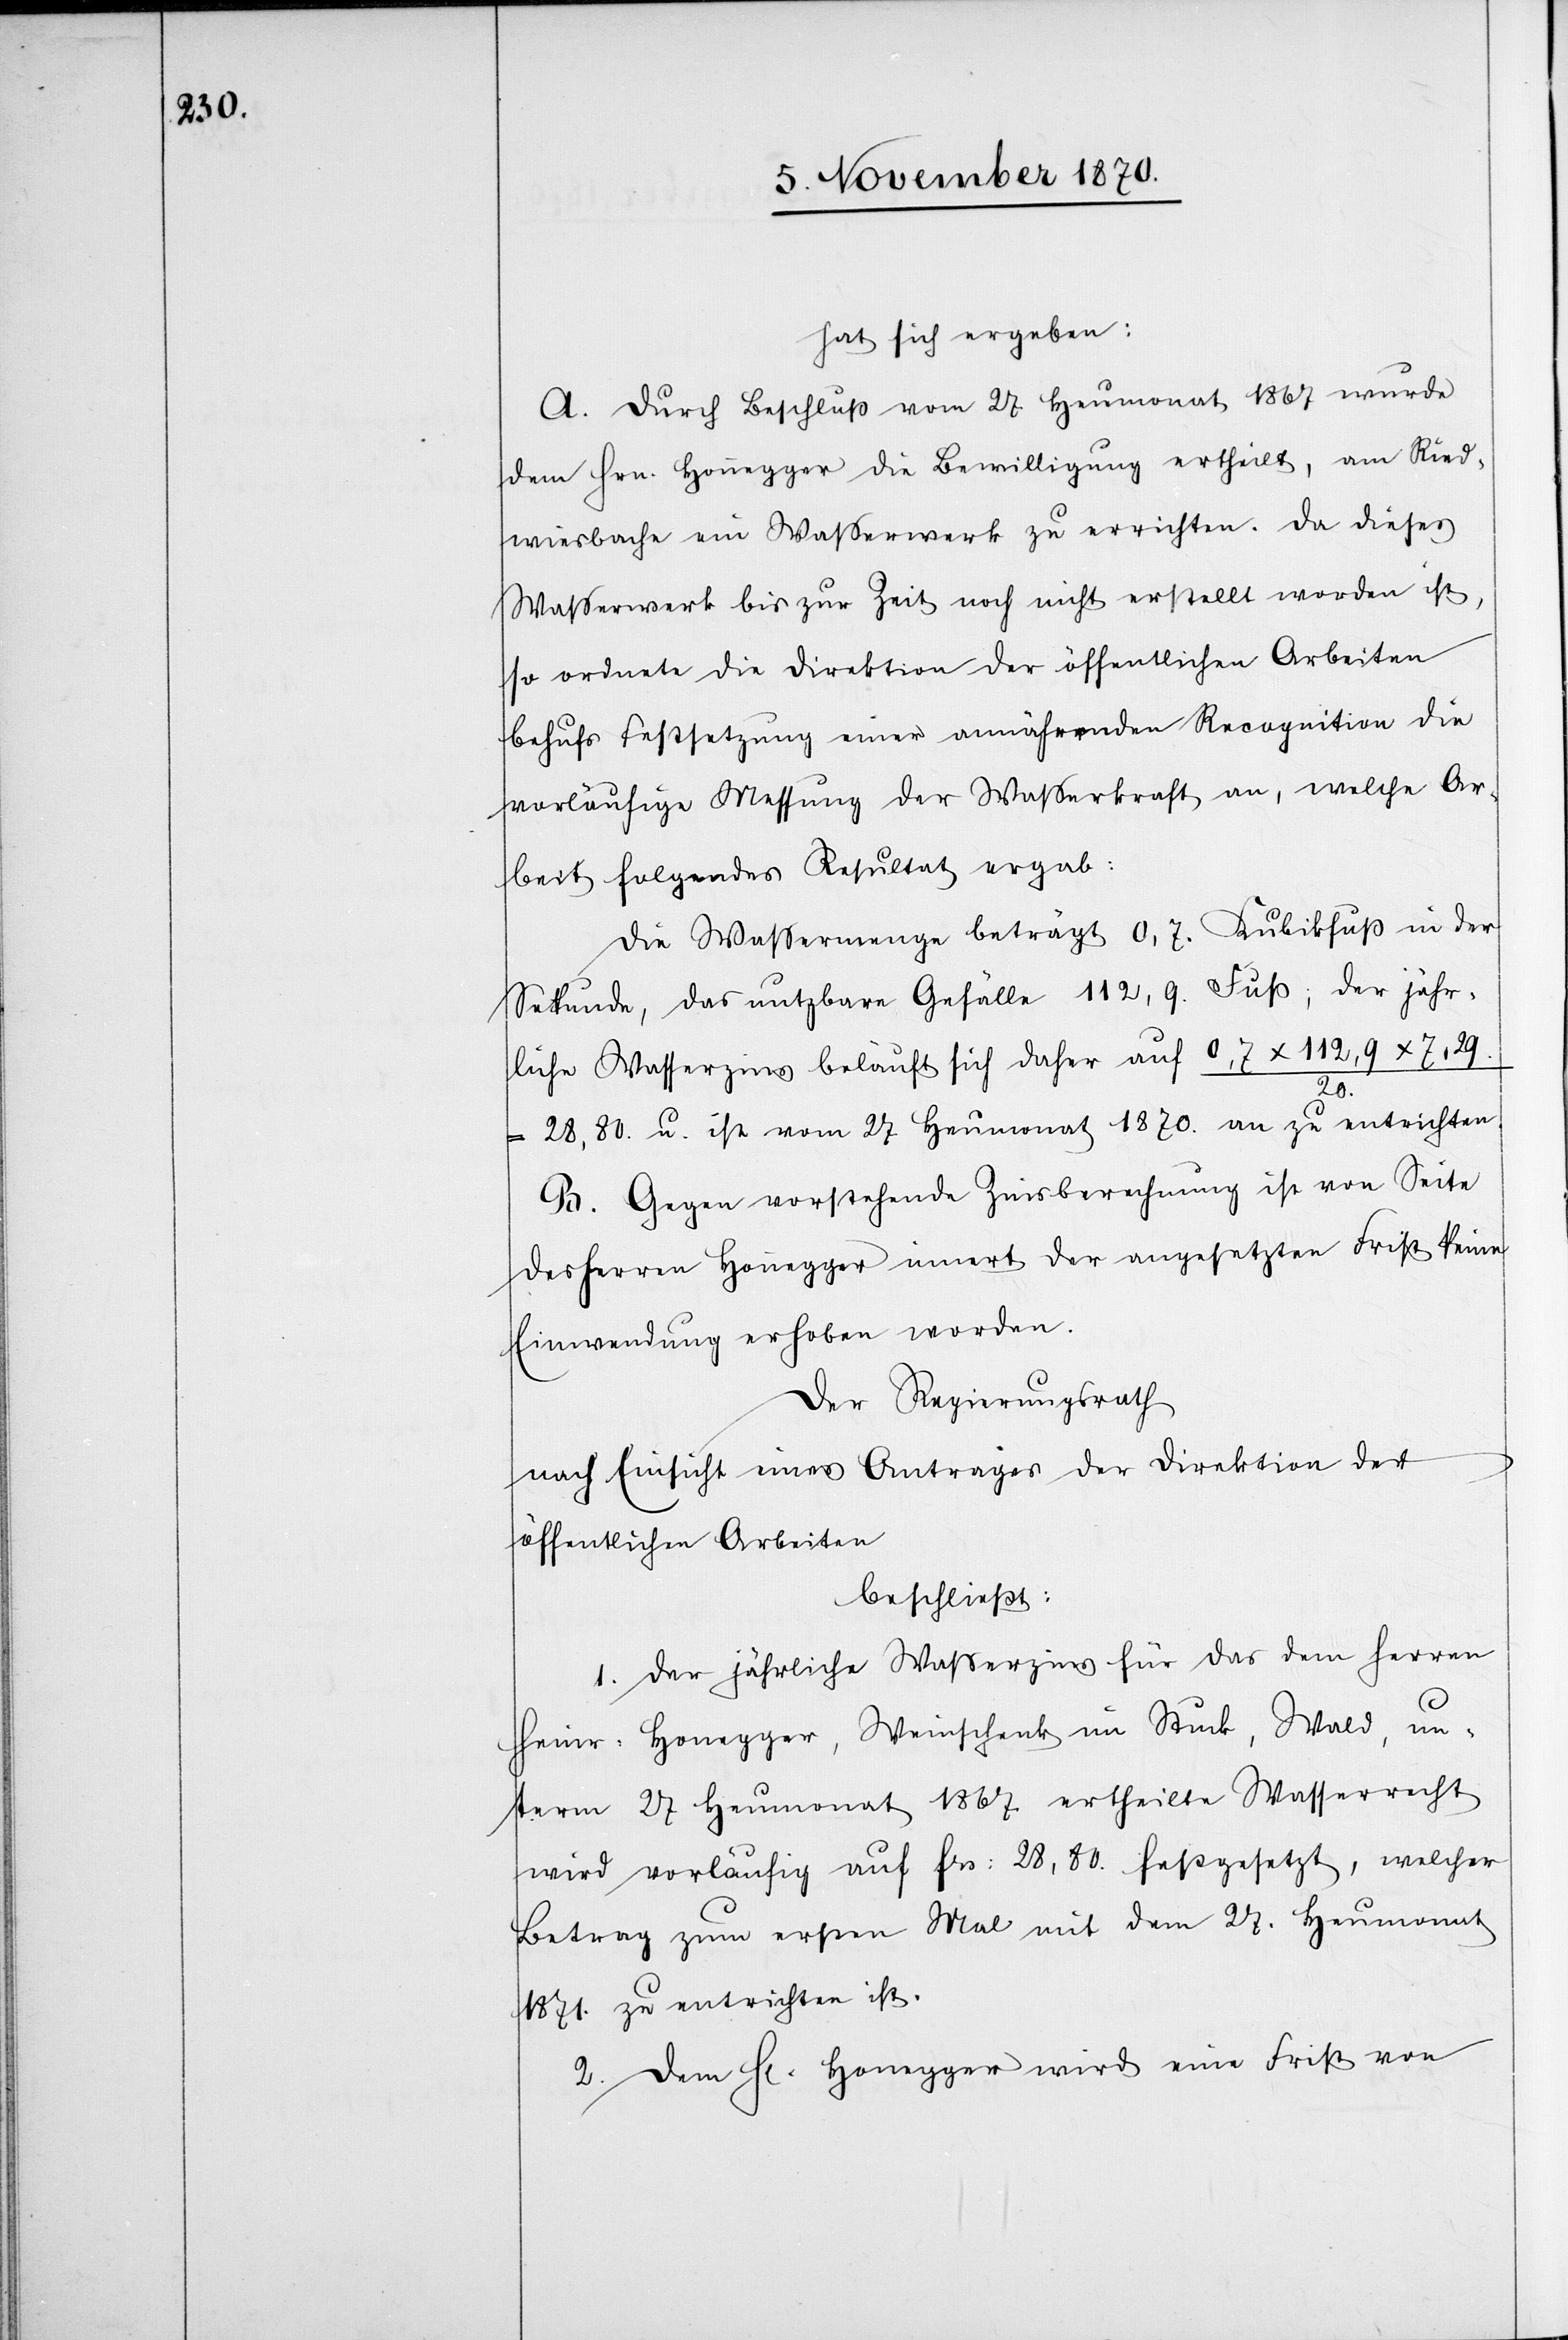
hat sich ergeben:
A. Durch Beschluß vom 27. Heumonat 1867 wurde
dem Hrn. Honnegger die Bewilligung ertheilt, am Ried¬
wiesbache ein Waßerwerk zu errichten. Da dieses
Waßerwerk bis zur Zeit noch nicht erstellt worden ist,
so ordnete die Direktion der öffentlichen Arbeiten
behufs Festsetzung einer annähernden Recognition die
vorläufige Messung der Wasserkraft an, welche Ar¬
beit folgendes Resultat ergab:
Die Waßermenge beträgt 0,7. Kubikfuß in der
Sekunde, das nutzbare Gefälle 112,9. Fuß; der jähr¬
liche Wasserzins beläuft sich daher auf 0,7 x 112,9 x 7,29.
20.
28,90. u. ist vom 27 Heumonat 1870. an zu entrichten.
B. Gegen vorstehende Zinsberechnung ist von Seite
des Herren Honnegger innert der angesetzten Frist keine
Einwendung erhoben worden.
Der Regierungsrath
nach Einsicht eines Antrages der Direktion der
öffentlichen Arbeiten
beschließt:
1. Der jährliche Waßerzins für das dem Herren
Heinr. Honegger, Weinschenk im Stuck, Wald, un¬
term 27 Heumonat 1867 ertheilte Wasserrecht
wird vorläufig auf Frs: 28,80 festgesetzt, welcher
Betrag zum ersten Mal mit dem 27. Heumonat
1871. zu entrichten ist.
2. Dem H[errn] Honegger wird eine Frist von